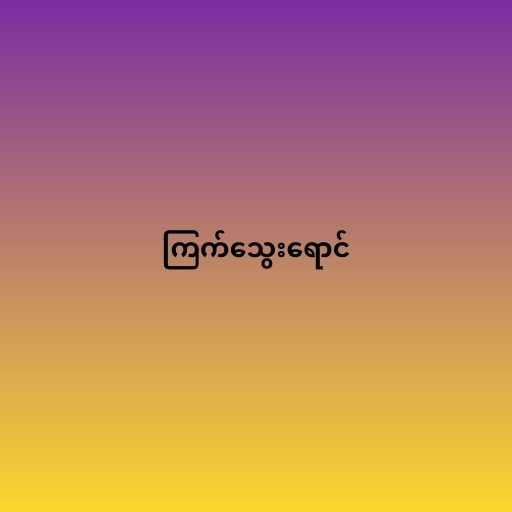
ကြက်သွေးရောင်